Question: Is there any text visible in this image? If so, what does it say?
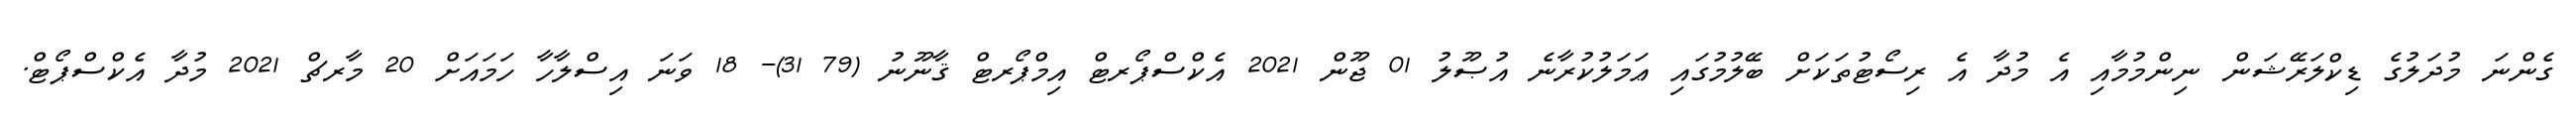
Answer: ގެންނަ މުދަލުގެ ޑިކްލަރޭޝަން ނިންމުމާއި އެ މުދާ އެ ރިސޯޓުތަކަށް ބޭލުމުގައި ޢަމަލުކުރާނެ އުޞޫލު 01 ޖޫން 2021 އެކްސްޕޯރޓް އިމްޕޯރޓް ޤާނޫނު (79 31)- 18 ވަނަ އިސްލާހާ ހަމައަށް 20 މާރޗް 2021 މުދާ އެކްސްޕޯޓް.